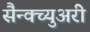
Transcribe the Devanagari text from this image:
सैन्क्च्युअरी